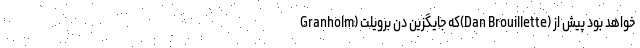
Granholm) که جایگزین‌ دن برویلت(Dan Brouillette) خواهد بود پیش از